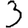
Digit: 3